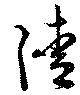
清